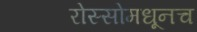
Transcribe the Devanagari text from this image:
रोस्सोमधूनच